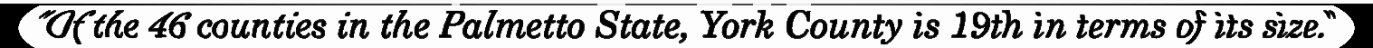
"Of the 46 counties in the Palmetto State, York County is 19th in terms of its size."